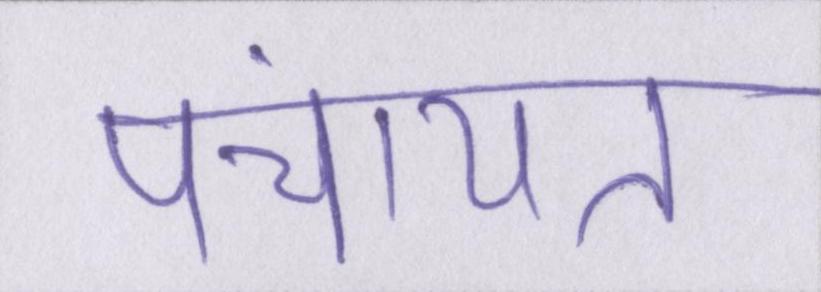
पंचायत